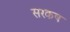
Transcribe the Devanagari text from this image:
सरकष